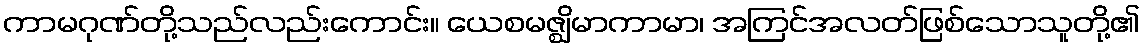
ကာမဂုဏ်တို့သည်လည်းကောင်း။ ယေစမဇ္ဈိမာကာမာ၊ အကြင်အလတ်ဖြစ်သောသူတို့၏